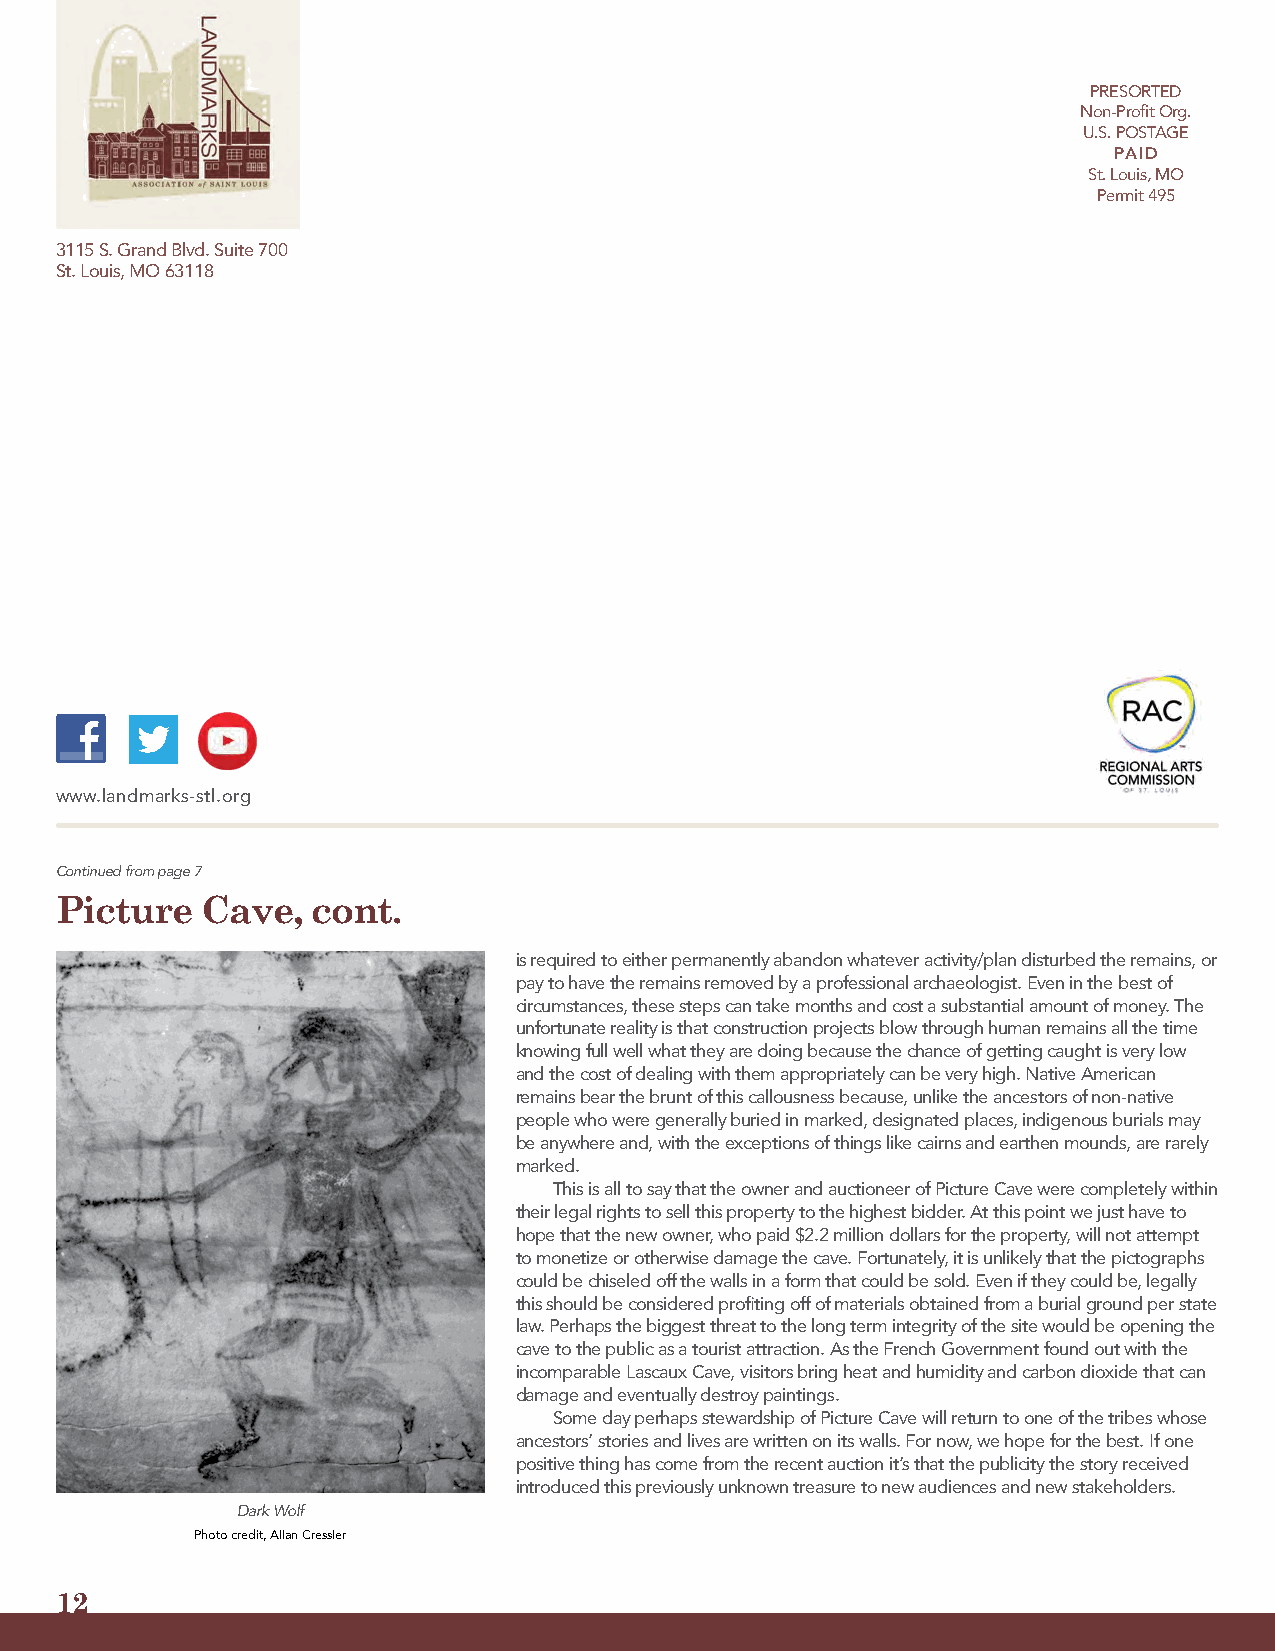
PRESORTED
 Non-Profit Org.
 U.S. POSTAGE
 PAID
 St. Louis, MO
 Permit 495
 3115 S. Grand Blvd. Suite 700
 St. Louis, MO 63118
 www.landmarks-stl.org
 Continued from page 7
 Picture  Cave,   cont.
 is required to either permanently abandon whatever activity/plan disturbed the remains, or
 pay to have the remains removed by a professional archaeologist. Even in the best of
 circumstances, these steps can take months and cost a substantial amount of money. The
 unfortunate reality is that construction projects blow through human remains all the time
 knowing full well what they are doing because the chance of getting caught is very low
 and the cost of dealing with them appropriately can be very high. Native American
 remains bear the brunt of this callousness because, unlike the ancestors of non-native
 people who were generally buried in marked, designated places, indigenous burials may
 be anywhere and, with the exceptions of things like cairns and earthen mounds, are rarely
 marked.
 This is all to say that the owner and auctioneer of Picture Cave were completely within
 their legal rights to sell this property to the highest bidder. At this point we just have to
 hope that the new owner, who paid $2.2 million dollars for the property, will not attempt
 to monetize or otherwise damage the cave. Fortunately, it is unlikely that the pictographs
 could be chiseled off the walls in a form that could be sold. Even if they could be, legally
 this should be considered profiting off of materials obtained from a burial ground per state
 law. Perhaps the biggest threat to the long term integrity of the site would be opening the
 cave to the public as a tourist attraction. As the French Government found out with the
 incomparable Lascaux Cave, visitors bring heat and humidity and carbon dioxide that can
 damage and eventually destroy paintings.
 Some day perhaps stewardship of Picture Cave will return to one of the tribes whose
 ancestors’ stories and lives are written on its walls. For now, we hope for the best. If one
 positive thing has come from the recent auction it’s that the publicity the story received
 introduced this previously unknown treasure to new audiences and new stakeholders.
 Dark Wolf
 Photo credit, Allan Cressler
 12